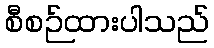
စီစဉ်ထားပါသည်